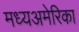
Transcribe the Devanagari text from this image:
मध्यअमेरिका